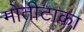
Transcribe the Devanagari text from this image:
मोतीटाका